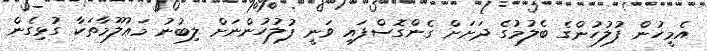
އެމީހުން ފުލުހުންގެ ބެލުމުގެ ދަށަށް ގެންގޮސްފައި ވަނީ ފުލުހުންނަށް ލިބުނު މަޢުލޫމާތަކާ ގުޅިގެން